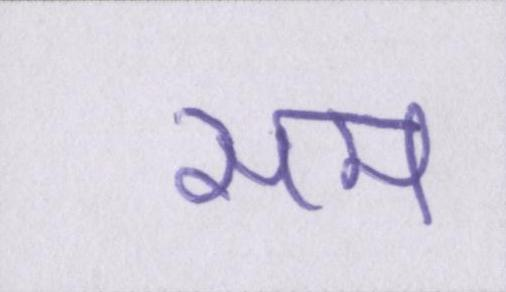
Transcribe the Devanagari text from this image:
सम